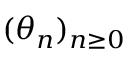
( \theta _ { n } ) _ { n \geq 0 }